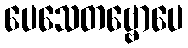
ပေသေတဗ္ဗောပေ